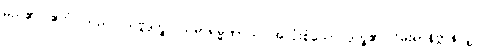
မည်၏။ ဧတံ၊ သည်။ သဗ္ဗဒုက္ခူပသမာရမ္မဏာယ၊ အလုံးစုံသော ဒုက္ခ၏ ငြိမ်းရာနိဗ္ဗာန်လျှင်